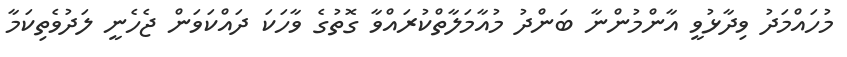
މުހައްމަދު ވިދާޅުވީ އާންމުންނާ ބަންދު މުއާމަލާތްކުރައްވާ ގޮތުގެ ވާހަކަ ދައްކަވަން ޖެހެނީ ލަދުވެތިކަމާ